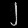
Digit: ၂